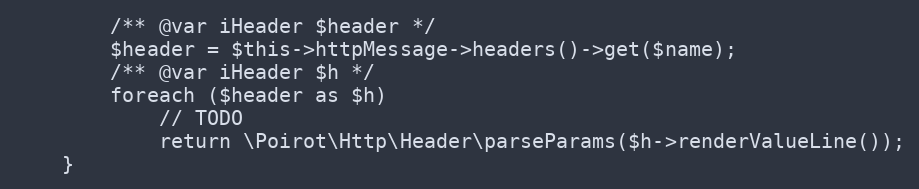
Language: PHP
        /** @var iHeader $header */
        $header = $this->httpMessage->headers()->get($name);
        /** @var iHeader $h */
        foreach ($header as $h)
            // TODO
            return \Poirot\Http\Header\parseParams($h->renderValueLine());
    }